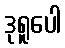
ဒုရူပေါ